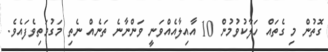
ގޮތުން މި ގެތައް ހަލާކުވުމުން 10 އާއިލާއެއްވަނީ ވަންނާނެ ތަނެއް ނެތި މަގުމަތިވެފައެވެ.